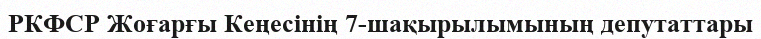
РКФСР Жоғарғы Кеңесінің 7-шақырылымының депутаттары